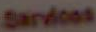
Sardices